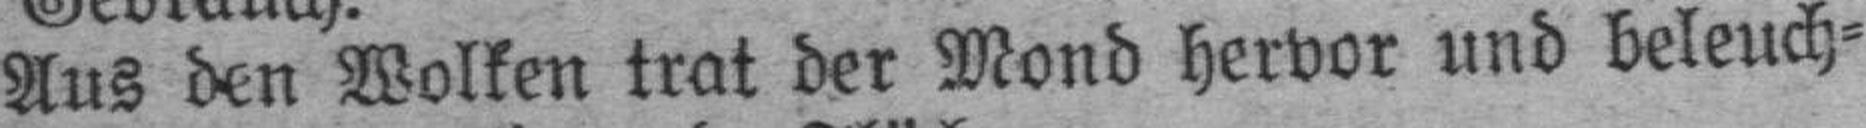
Aus den Wolken trat der Mond hervor und beleuch¬